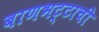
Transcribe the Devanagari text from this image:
बाणभट्टाची